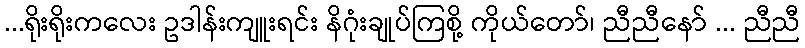
...ရိုးရိုးကလေး ဥဒါန်းကျူးရင်း နိဂုံးချုပ်ကြစို့ ကိုယ်တော်၊ ညီညီနော် ... ညီညီ